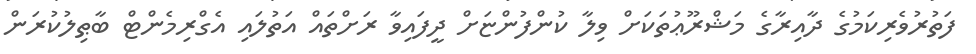
ފަތުރުވެރިކަމުގެ ދާއިރާގެ މަޝްރޫޢުތަކަށް ވިލާ ކުންފުންޏަށް ދީފައިވާ ރަށްތައް އަތުލައި އެގްރިމެންޓް ބާޠިލުކުރަން